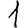
Digit: 1